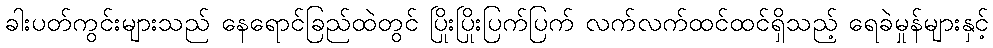
ခါးပတ်ကွင်းများသည် နေရောင်ခြည်ထဲတွင် ပြိုးပြိုးပြက်ပြက် လက်လက်ထင်ထင်ရှိသည့် ရေခဲမှုန်များနှင့်